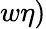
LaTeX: w\eta)